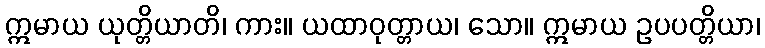
ဣမာယ ယုတ္တိယာတိ၊ ကား။ ယထာဝုတ္တာယ၊ သော။ ဣမာယ ဥပပတ္တိယာ၊